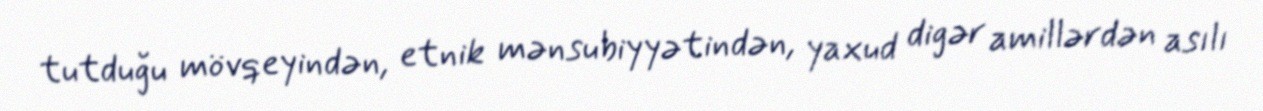
tutduğu mövqeyindən, etnik mənsubiyyətindən, yaxud digər amillərdən asılı